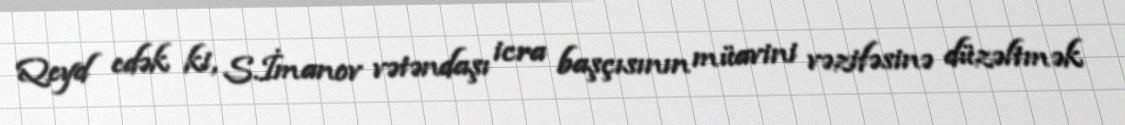
Qeyd edək ki, S.İmanov vətəndaşı icra başçısının müavini vəzifəsinə düzəltmək